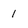
Character: 1